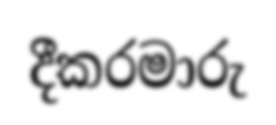
දීකරමාරු